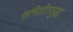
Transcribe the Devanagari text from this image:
समितीतसुद्धा